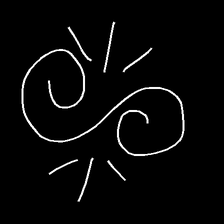
Glyph: wind-directs-air